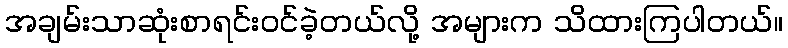
အချမ်းသာဆုံးစာရင်းဝင်ခဲ့တယ်လို့ အများက သိထားကြပါတယ်။